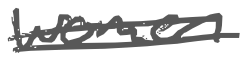
Text: women
Cross-out: double-line
Writing tool: digital_gray